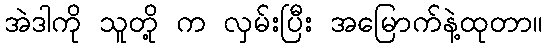
အဲဒါကို သူတို့ က လှမ်းပြီး အမြောက်နဲ့ထုတာ။